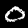
Label: 0